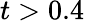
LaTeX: t>0.4